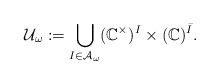
\begin{align*}\mathcal U_\omega:=\bigcup_{I\in \mathcal A_\omega}(\mathbb C^\times)^{I}\times (\mathbb C)^{\bar{I}}.\end{align*}